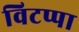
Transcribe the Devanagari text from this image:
विटप्पा